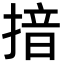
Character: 揞